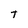
Character: T